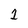
Character: 1